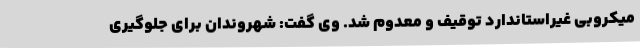
میکروبی غیراستاندارد توقیف و معدوم شد. وی گفت: شهروندان برای جلوگیری